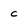
Character: c